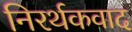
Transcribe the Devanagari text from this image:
निरर्थकवाद